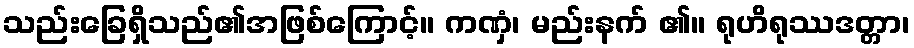
သည်းခြေရှိသည်၏အဖြစ်ကြောင့်။ ကဏှံ၊ မည်းနက် ၏။ ရုဟိရုဿဒတ္တာ၊